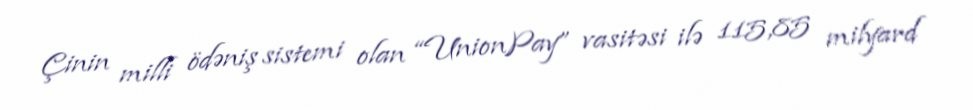
Çinin milli ödəniş sistemi olan “UnionPay” vasitəsi ilə 115,85 milyard